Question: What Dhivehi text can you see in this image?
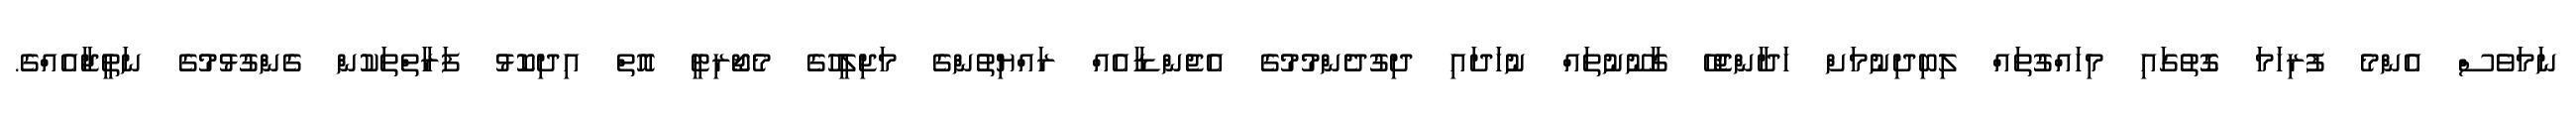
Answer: ނަމަވެސް އެންމެ ފުރިހަމަ ގޮތުގައި މިހައްގުތައް ލިބިދިނުމަށް ހަދާންޖެހޭ ގާނޫނުތައް ނުހަދައި ދިގުދެންމުމުގެ އެޖެންޑާއެއް ރައްޔިތުންގެ މަޖިލީހުގެ މެޖޯރިޓީ އޮތް އިދިކޮޅު ފަރާތްތަކުން ގެންގުޅުމުގެ ނަތީޖާއެއްގެ.